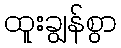
ထူးချွန်စွာ